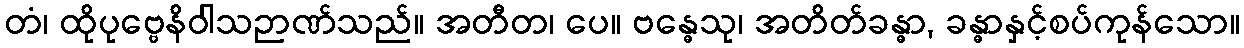
တံ၊ ထိုပုဗ္ဗေနိဝါသဉာဏ်သည်။ အတီတ၊ ပေ။ ဗန္ဓေသု၊ အတိတ်ခန္ဓာ, ခန္ဓာနှင့်စပ်ကုန်သော။